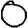
Digit: 0